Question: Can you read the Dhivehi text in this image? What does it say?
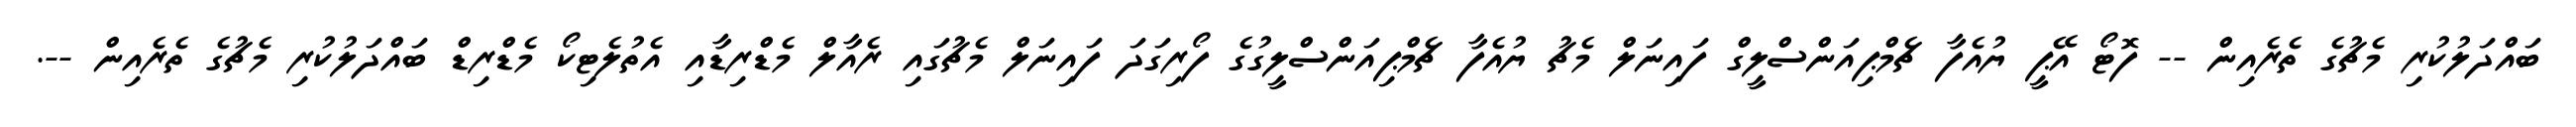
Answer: ބައްދަލުކުރި މެޗުގެ ތެރެއިން -- ފޮޓޯ އޭޕީ ޔުއެފާ ޗެމްޕިއަންސްލީގް ފައިނަލް މެޗު ޔުއެފާ ޗެމްޕިއަންސްލީގުގެ ފޯރިގަދަ ފައިނަލް މެޗުގައި ރެއާލް މެޑްރިޑާއި އެތުލެޓިކޯ މެޑްރިޑް ބައްދަލުކުރި މެޗުގެ ތެރެއިން --.